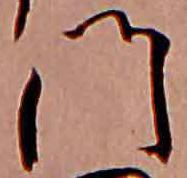
門